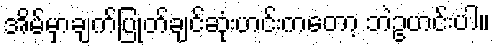
အိမ်မှာချက်ပြုတ်ချင်ဆုံးဟင်းကတော့ ဘဲဥဟင်းပါ။